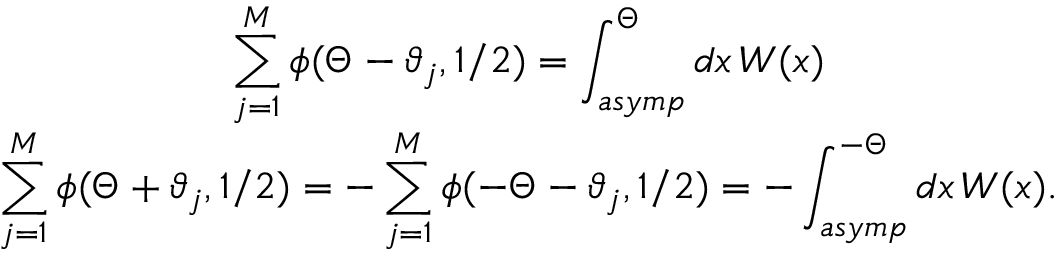
\begin{array} { c } { { \displaystyle \displaystyle \sum _ { j = 1 } ^ { M } \phi ( \Theta - \vartheta _ { j } , 1 / 2 ) = \displaystyle \int _ { a s y m p } ^ { \Theta } d x \, W ( x ) } } \\ { { \displaystyle \sum _ { j = 1 } ^ { M } \phi ( \Theta + \vartheta _ { j } , 1 / 2 ) = - \displaystyle \sum _ { j = 1 } ^ { M } \phi ( - \Theta - \vartheta _ { j } , 1 / 2 ) = - \displaystyle \int _ { a s y m p } ^ { - \Theta } d x \, W ( x ) . } } \end{array}